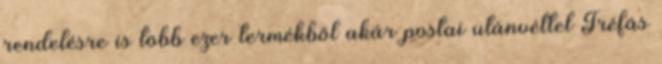
rendelésre is több ezer termékből akár postai utánvéttel Tréfás